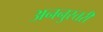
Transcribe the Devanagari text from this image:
अननुस्तरी